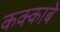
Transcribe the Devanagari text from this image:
कक्‍काबे